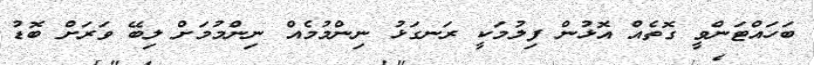
ބަހައްޓަންވީ ގޮތެއް އޮޅުން ފިލުމަކީ ރަނގަޅު ނިންމުމެއް ނިންމުމަށް ލިބޭ ވަރަށް ބޮޑު